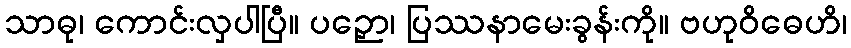
သာဓု၊ ကောင်းလှပါပြီ။ ပဉှော၊ ပြဿနာမေးခွန်းကို။ ဗဟုဝိဓေဟိ၊